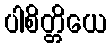
ပါစိတ္တိယေ